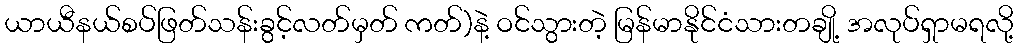
ယာယီနယ်စပ်ဖြတ်သန်းခွင့်လတ်မှတ် ကတ်)နဲ့ ဝင်သွားတဲ့ မြန်မာနိုင်ငံသားတချို့ အလုပ်ရှာမရလို့